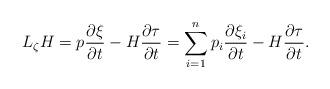
LaTeX: \begin{align*}L_\zeta H=p\frac{\partial\xi}{\partial t}- H\frac{\partial\tau}{\partial t}=\sum_{i=1}^n p_i\frac{\partial\xi_i}{\partial t}- H\frac{\partial\tau}{\partial t}.\end{align*}